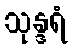
သုန္ဒရံ